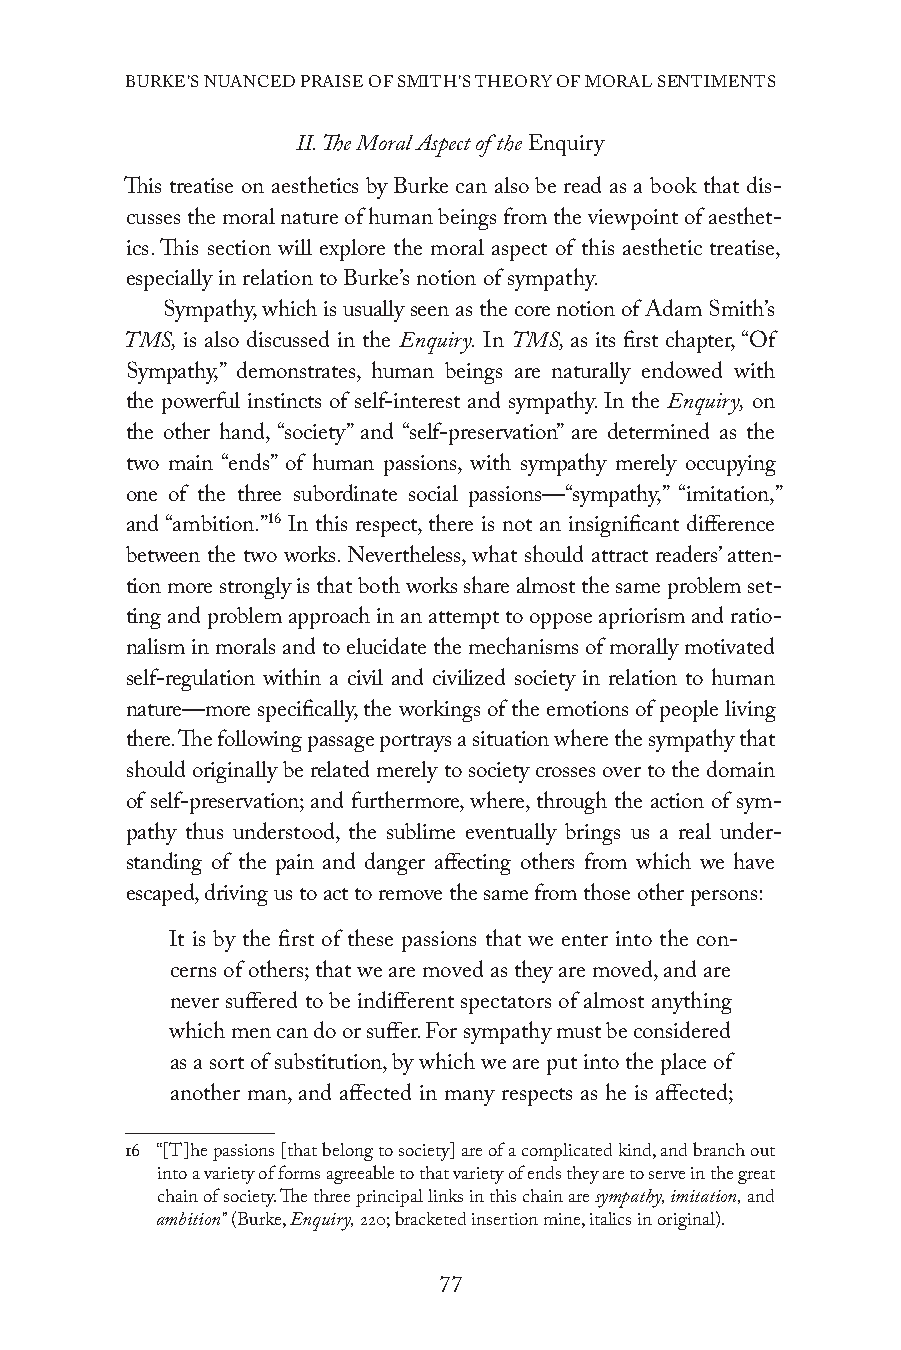
BURKE’S NUANCED PRAISE OF SMITH’S THEORY OF MORAL SENTIMENTS
 II. The Moral Aspect of the Enquiry
 This treatise on aesthetics by Burke can also be read as a book that dis-
 cusses the moral nature of human beings from the viewpoint of aesthet-
 ics. This section will explore the moral aspect of this aesthetic treatise,
 especially in relation to Burke’s notion of sympathy.
 Sympathy, which is usually seen as the core notion of Adam Smith’s
 TMS, is also discussed in the Enquiry. In TMS, as its first chapter, “Of
 Sympathy,” demonstrates, human beings are naturally endowed with
 the powerful instincts of self-interest and sympathy. In the Enquiry, on
 the other hand, “society” and “self-preservation” are determined as the
 two main “ends” of human passions, with sympathy merely occupying
 one of the three subordinate social passions—“sympathy,” “imitation,”
 and “ambition.”16 In this respect, there is not an insignificant difference
 between the two works. Nevertheless, what should attract readers’ atten-
 tion more strongly is that both works share almost the same problem set-
 ting and problem approach in an attempt to oppose apriorism and ratio-
 nalism in morals and to elucidate the mechanisms of morally motivated
 self-regulation within a civil and civilized society in relation to human
 nature—more specifically, the workings of the emotions of people living
 there. The following passage portrays a situation where the sympathy that
 should originally be related merely to society crosses over to the domain
 of self-preservation; and furthermore, where, through the action of sym-
 pathy thus understood, the sublime eventually brings us a real under-
 standing of the pain and danger affecting others from which we have
 escaped, driving us to act to remove the same from those other persons:
 It is by the first of these passions that we enter into the con-
 cerns of others; that we are moved as they are moved, and are
 never suffered to be indifferent spectators of almost anything
 which men can do or suffer. For sympathy must be considered
 as a sort of substitution, by which we are put into the place of
 another man, and affected in many respects as he is affected;
 16 “[T]he passions [that belong to society] are of a complicated kind, and branch out
 into a variety of forms agreeable to that variety of ends they are to serve in the great
 chain of society. The three principal links in this chain are sympathy, imitation, and
 ambition” (Burke, Enquiry, 220; bracketed insertion mine, italics in original).
 77